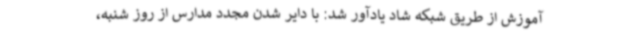
آموزش از طریق شبکه شاد یادآور شد: با دایر شدن مجدد مدارس از روز شنبه،